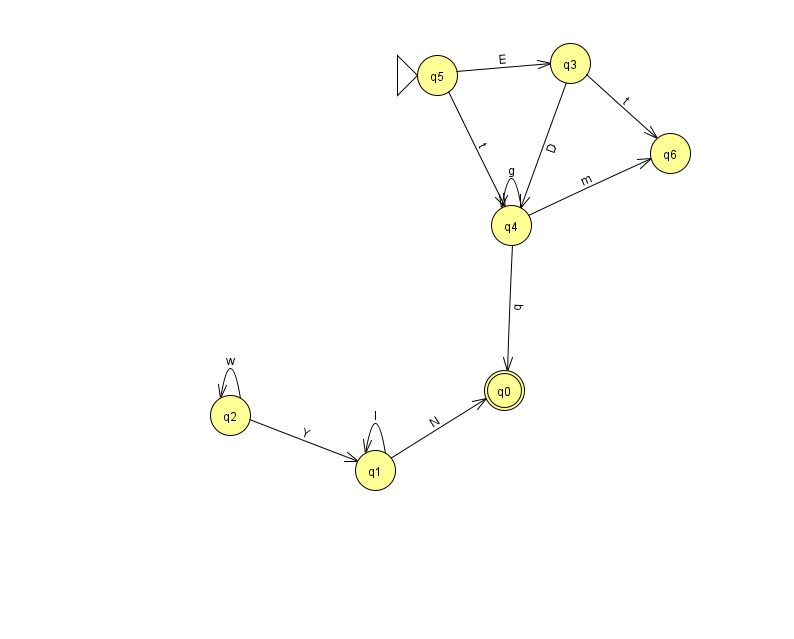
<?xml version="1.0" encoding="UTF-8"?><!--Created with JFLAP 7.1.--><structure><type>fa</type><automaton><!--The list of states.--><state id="0" name="q0"><x>504.0</x><y>377.0</y><final/></state><state id="1" name="q1"><x>375.0</x><y>457.0</y></state><state id="2" name="q2"><x>230.0</x><y>402.0</y></state><state id="3" name="q3"><x>570.0</x><y>50.0</y></state><state id="4" name="q4"><x>511.0</x><y>212.0</y></state><state id="5" name="q5"><x>437.0</x><y>62.0</y><initial/></state><state id="6" name="q6"><x>670.0</x><y>140.0</y></state><!--The list of transitions.--><transition><from>5</from><to>4</to><read>t</read></transition><transition><from>2</from><to>1</to><read>Y</read></transition><transition><from>2</from><to>2</to><read>w</read></transition><transition><from>4</from><to>4</to><read>g</read></transition><transition><from>4</from><to>0</to><read>q</read></transition><transition><from>4</from><to>6</to><read>m</read></transition><transition><from>3</from><to>4</to><read>D</read></transition><transition><from>1</from><to>0</to><read>N</read></transition><transition><from>1</from><to>1</to><read>l</read></transition><transition><from>3</from><to>6</to><read>t</read></transition><transition><from>5</from><to>3</to><read>E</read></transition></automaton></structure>